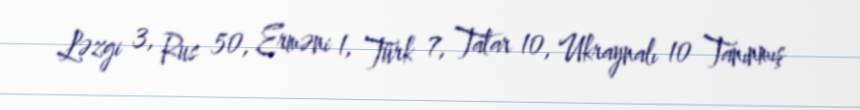
Ləzgi 3, Rus 50, Erməni 1, Türk 7, Tatar 10, Ukraynalı 10 Tanınmış